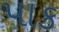
પાક